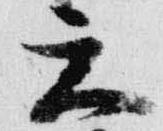
天